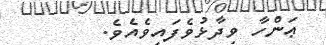
ޢަންހާ ވިދާޅުވެފައިވެއެވެ.